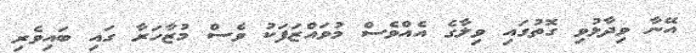
އޭނާ ވިދާޅުވި ގޮތުގައި ވިލާގެ އެއްވެސް މުވައްޒަފަކު ވެސް މުޒާހަރާ ގައި ބައިވެރި